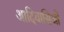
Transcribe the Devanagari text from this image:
आदिवासिओं